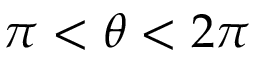
\pi < \theta < 2 \pi